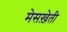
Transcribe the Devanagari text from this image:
मेसख़ेती